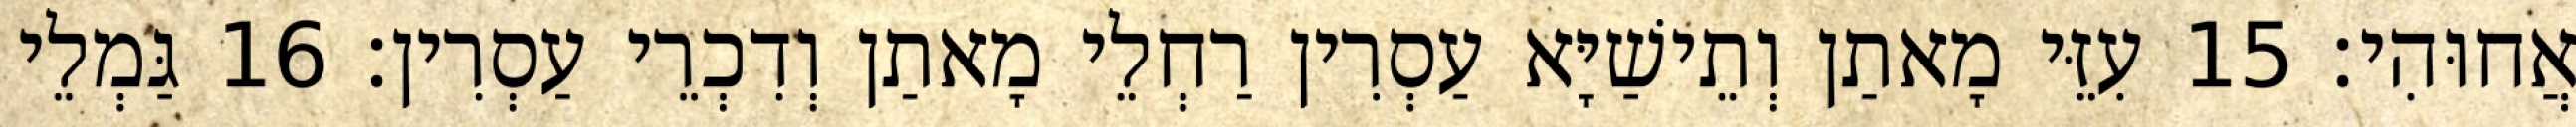
אֲחוּהִי׃ 15 עִזֵּי מָאתַן וְתֵישַׁיָּא עַסְרִין רַחְלֵי מָאתַן וְדִכְרֵי עַסְרִין׃ 16 גַּמְלֵי